Trukikaitis_Postimees, lk 62
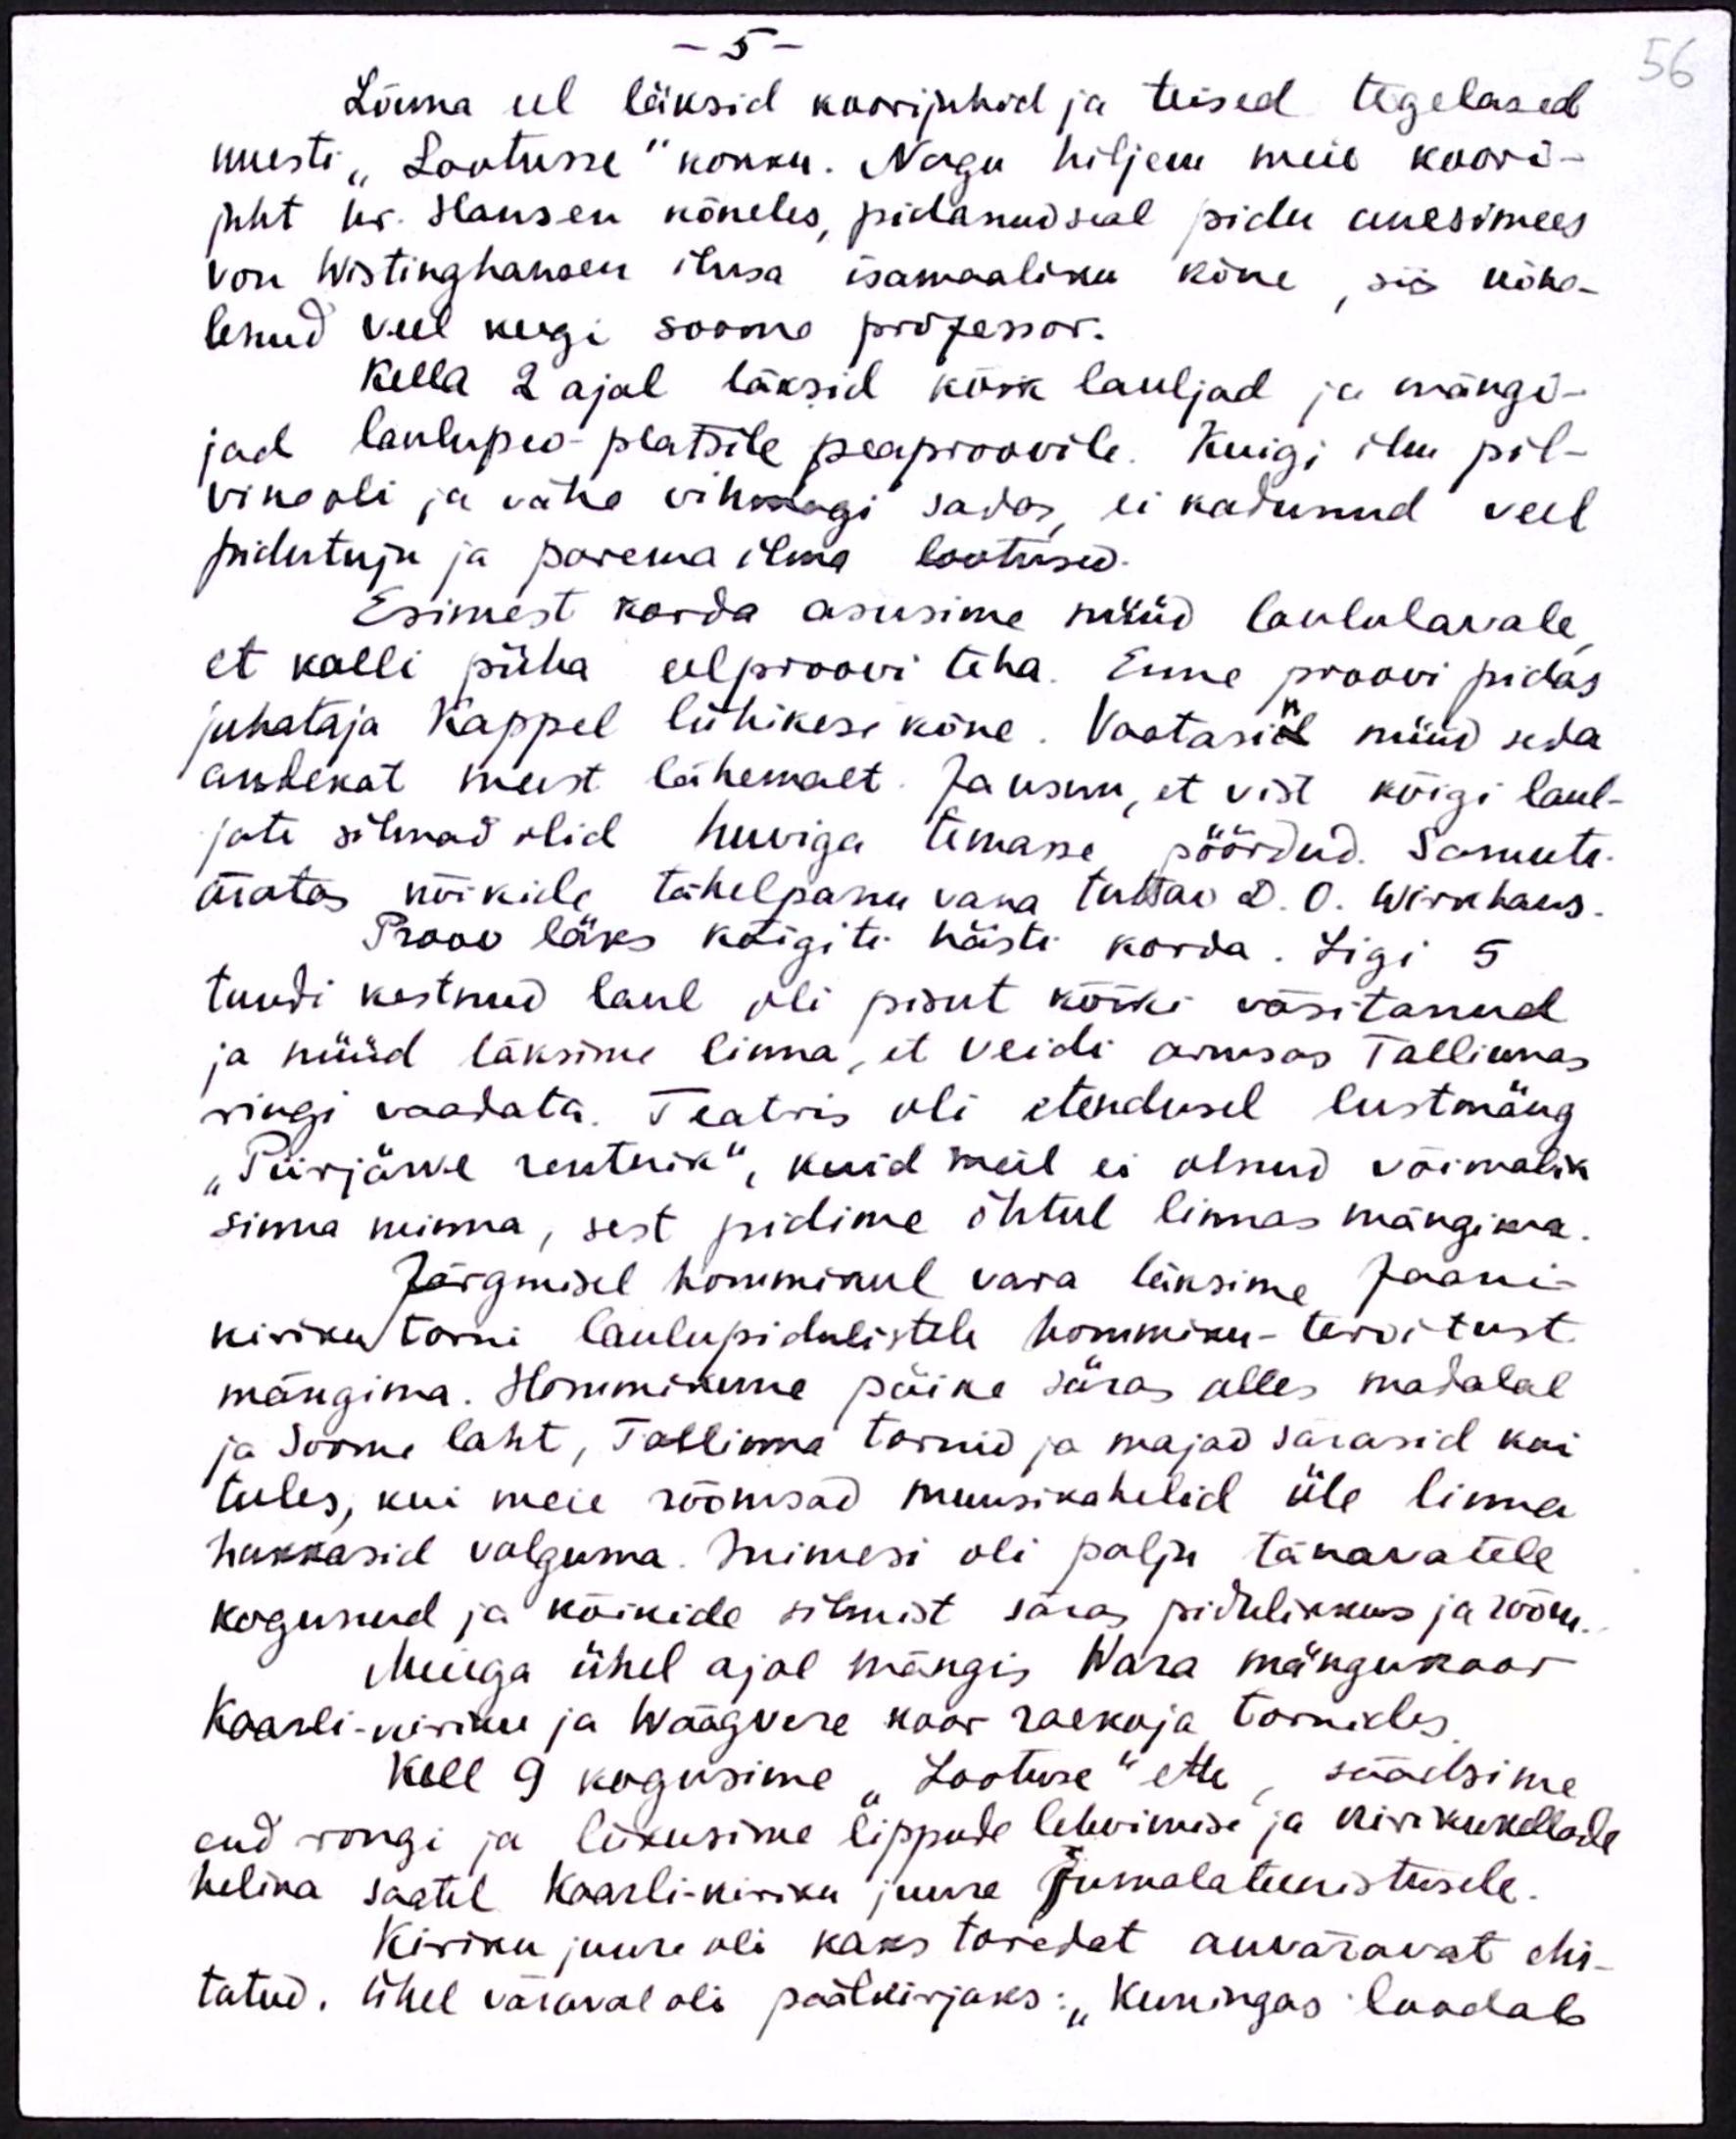
- 5 -
Lõuna eel läksid koorijuhid ja teised tegelased
uuesti "Lootusse" kokku. Nagu hiljem meie koori-
juht hr. Hansen kõneles, pidanud seal pidu auesimees
von Wistinghausen ilusa isamaaliku kõne, siis kõne-
lenud veel keegi soome professor.
Kella 2 ajal läksid kõik lauljad ja mängi-
jad laulupeo-platsile peaproovile. Kuigi ilm pil-
vine oli ja vähe vihmagi sadas, ei kadunud veel
pidutuju ja parema ilma lootused.
Esimest korda asusime nüüd laululavale
et kalli püha eelproovi teha. Enne proovi pidas
juhataja Kappel lühikese kõne. Vaatasin nüüd seda
andekat meest lähemalt. Ja usun, et vist kõigi laul-
jate silmad olid huviga temasse pöördud. Samuti
äratas kõikide tähelepanu vana tuttav D. O. Wirkhaus.
Proov läks kõigiti hästi korda. Ligi 5
tundi kestnud laul oli pisut kõiki väsitanud
ja nüüd läksime linna, et veidi armsas Tallinnas
ringi vaadata. Teatris oli etendusel lustmäng
"Piirjärve rentnik", kuid meil ei olnud võimalik
sinna minna, sest pidime õhtul linnas mängima.
Järgmisel hommikul vara läksime Jaani-
kiriku torni laulupidulistele hommiku-tervitust
mängima. Hommikune päike säras alles madalal
ja Soome laht, Tallinna tornid ja majad särasid kui
tules, kui meie rõõmsad muusikahelid üle linna
hakkasid valguma. Inimesi oli palju tänavatele
kogunud ja kõikide silmist sära pidulikkus ja rõõm.
Meiega ühel ajal mängis Wara märgukoor
Kaarli-kiriku ja Wäägvere koor raekoja tornides
Kell 9 kogusime "Lootuse" ette, säädsime
end rongi ja liikusime lippude lehvimise ja kirikukellade
helina saatel Kaarli-kiriku juure Jumalateenistusele.
Kiriku juure oli kaks toredat auväravat ehi-
tatud. Ühel väraval oli päälkirjaks: "Kuningas loodab

56